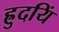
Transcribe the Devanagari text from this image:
ह्रुदयिं